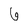
Character: 6